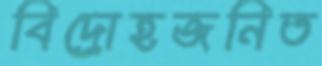
বিদ্রোহজনিত